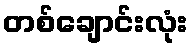
တစ်ချောင်းလုံး